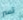
تسر